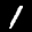
Label: 1